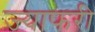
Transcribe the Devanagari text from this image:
ज्याफरी